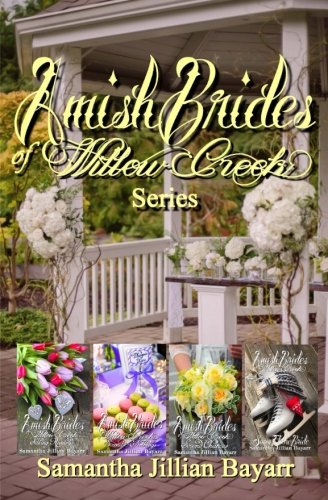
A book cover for Amish Brides of Willow Creek: BOXED SET; Samantha Jillian Bayarr; Christian Books & Bibles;